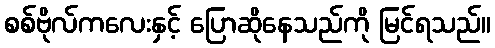
စစ်ဗိုလ်ကလေးနှင့် ပြောဆိုနေသည်ကို မြင်ရသည်။